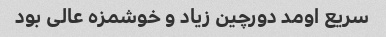
سریع اومد دورچین زیاد و خوشمزه عالی بود